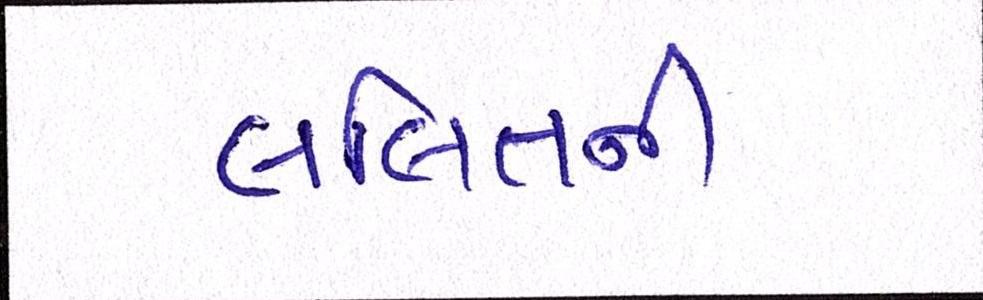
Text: લલિતની